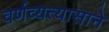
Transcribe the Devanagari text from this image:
वर्णव्यत्यासाने